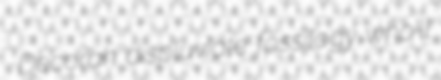
Decorah displuviate fossilogy who'll